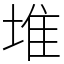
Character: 堆